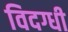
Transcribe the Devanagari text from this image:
विदग्धी